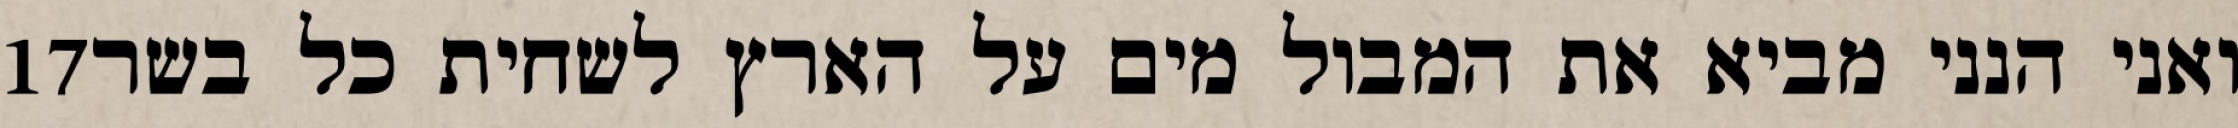
‎17‏ ואני הנני מביא את המבול מים על הארץ לשחית כל בשר